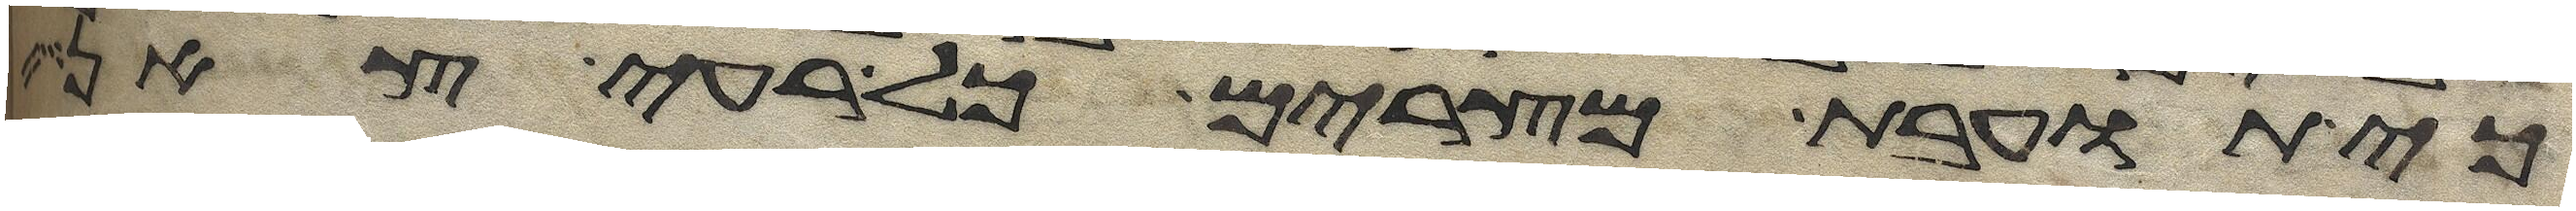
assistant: כי תועבת מצרים כל רעי צאן